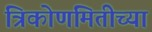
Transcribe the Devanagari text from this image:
त्रिकोणमितीच्या